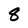
Character: 8